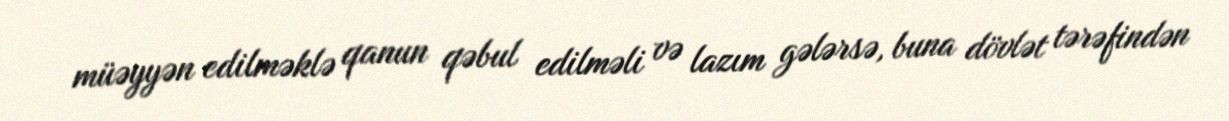
müəyyən edilməklə qanun qəbul edilməli və lazım gələrsə, buna dövlət tərəfindən